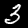
Label: 3